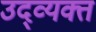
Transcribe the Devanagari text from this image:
उद्व्यक्त